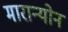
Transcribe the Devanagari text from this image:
मारान्योन